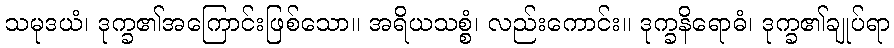
သမုဒယံ၊ ဒုက္ခ၏အကြောင်းဖြစ်သော။ အရိယသစ္စံ၊ လည်းကောင်း။ ဒုက္ခနိရောဓံ၊ ဒုက္ခ၏ချုပ်ရာ